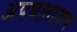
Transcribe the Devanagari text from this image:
अपघातातच